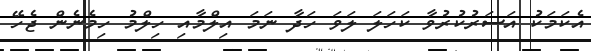
އެކަމަކު އަސަރުކުރުވާ ކަހަލަ ލަވަ ހަދާ ނަމަ އިލްމާއި ހިލްމު ހިމެނެން ޖެހޭ